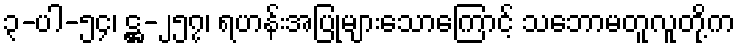
၃-ပါ-၅၄၊ ဋ္ဌ-၂၅၇၊ ရဟန်းအပြုများသောကြောင့် သဘောမတူလူတို့က